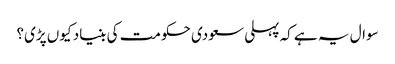
سوال یہ ہے کہ پہلی سعودی حکومت کی بنیاد کیوں پڑی؟